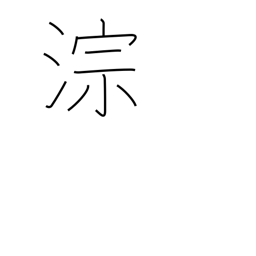
Meaning: sound of running water